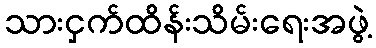
သားငှက်ထိန်းသိမ်းရေးအဖွဲ့